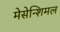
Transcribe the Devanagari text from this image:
मेसेन्शिमल